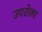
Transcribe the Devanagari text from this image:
उपरोक्य